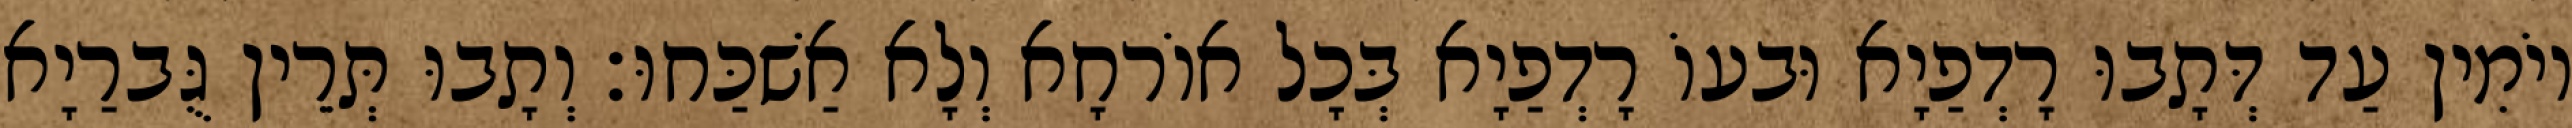
יוֹמִין עַד דְּתָבוּ רָדְפַיָא וּבעוֹ רָדְפַיָא בְּכָל אוֹרחָא וְלָא אַשׁכַּחוּ׃ וְתָבוּ תְּרֵין גֻּברַיָא